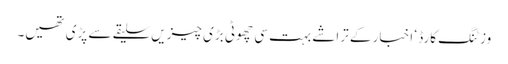
وزٹنگ کارڈ ‘ اخبار کے تراشے بہت سی چھوٹی بڑی چیزیں سلیقے سے پڑی تھیں۔